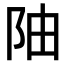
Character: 𫔼